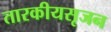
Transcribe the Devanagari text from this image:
तारकीयसृजन